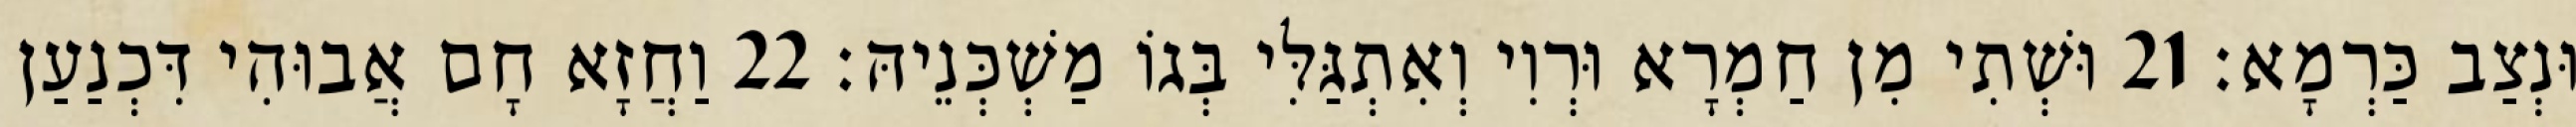
וּנְצַב כַּרְמָא׃ 21 וּשְׁתִי מִן חַמְרָא וּרְוִי וְאִתְגַּלִּי בְּגוֹ מַשְׁכְּנֵיהּ׃ 22 וַחֲזָא חָם אֲבוּהִי דִּכְנַעַן